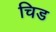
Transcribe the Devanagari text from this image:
चिड